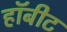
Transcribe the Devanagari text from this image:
हॉबीट